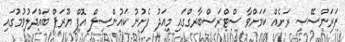
ފަރަންސޭސި ރަށެއް ކަމަށްވާ ސްޓްރަސްބާރގްގައި މިއަދު ފެށުނު ކައުންސިލް އޮފް ޔޫރަޕް ބައްދަލުވުމުގައި